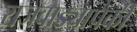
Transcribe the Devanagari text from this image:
राजवाड्यापैकी